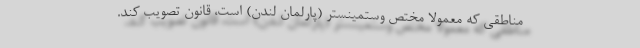
مناطقی که معمولاً مختص وستمینستر (پارلمان لندن) است، قانون تصویب کند.